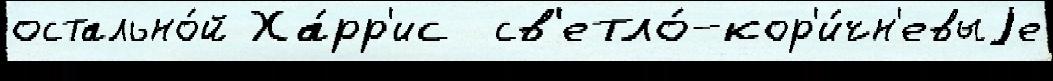
остально́й Ха́рр'ис  св'етло́-кор'и́чн'евыjе